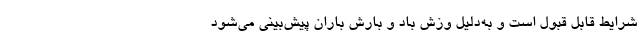
شرایط قابل قبول است و به‌دلیل وزش باد و بارش باران پیش‌بینی می‌شود